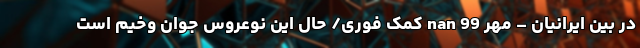
در بین ایرانیان – مهر 99 nan کمک فوری/ حال این نوعروس جوان وخیم است